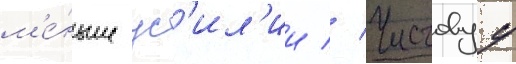
м'е́ньше ус'ил'ии // Чистовуу